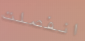
انفصلت